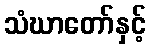
သံဃာတော်နှင့်